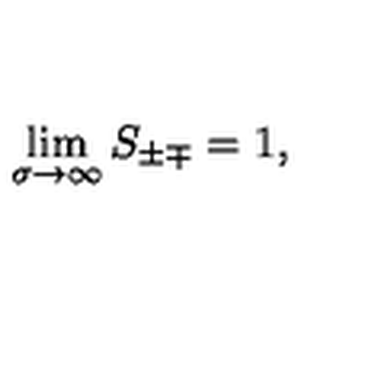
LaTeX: \lim _ { \sigma \rightarrow \infty } S _ { \pm \mp } = 1 ,